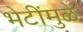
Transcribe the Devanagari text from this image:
भेटींमुळे